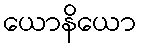
ယောနိယော